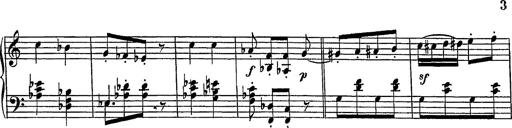
Title: Grand galop chromatique
Composer: Franz Liszt
Key: E-flat major (simplified version in EÂ major)